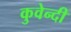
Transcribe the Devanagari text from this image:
कुवेन्दी